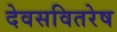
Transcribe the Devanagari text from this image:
देवसवितरेष